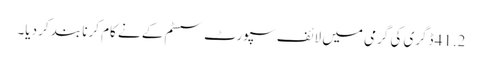
41.2 ڈگری کی گرمی میں لائف سپورٹ سسٹم کے نے کام کرنا بند کر دیا۔